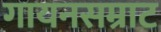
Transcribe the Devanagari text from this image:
गायनसम्राट